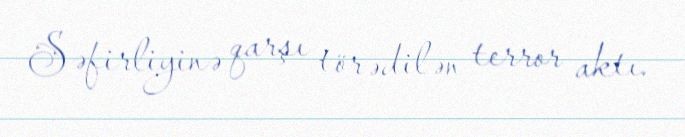
Səfirliyinə qarşı törədilən terror aktı.